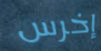
إخرس